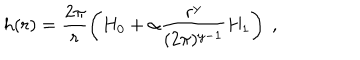
h ( r ) = \frac { 2 \pi } r \left( H _ { 0 } + \alpha \frac { r ^ { y } } { ( 2 \pi ) ^ { y - 1 } } H _ { 1 } \right) \ ,